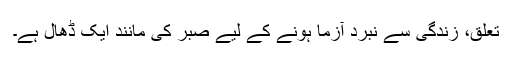
تعلق، زندگی سے نبرد آزما ہونے کے لیے صبر کی مانند ایک ڈھال ہے۔